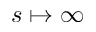
s \mapsto \infty